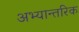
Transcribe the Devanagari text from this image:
अभ्यान्तरिक